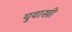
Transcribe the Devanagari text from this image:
युवास्त्री